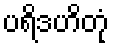
ပရိဒဟိတုံ